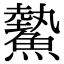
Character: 𩻉